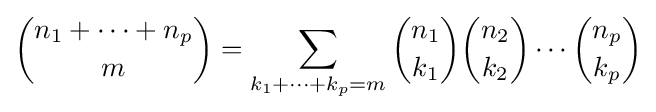
{n_{1}+\dots +n_{p} \choose m}=\sum _{k_{1}+\cdots +k_{p}=m}{n_{1} \choose k_{1}}{n_{2} \choose k_{2}}\cdots {n_{p} \choose k_{p}}